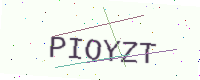
Text: PIOYZT